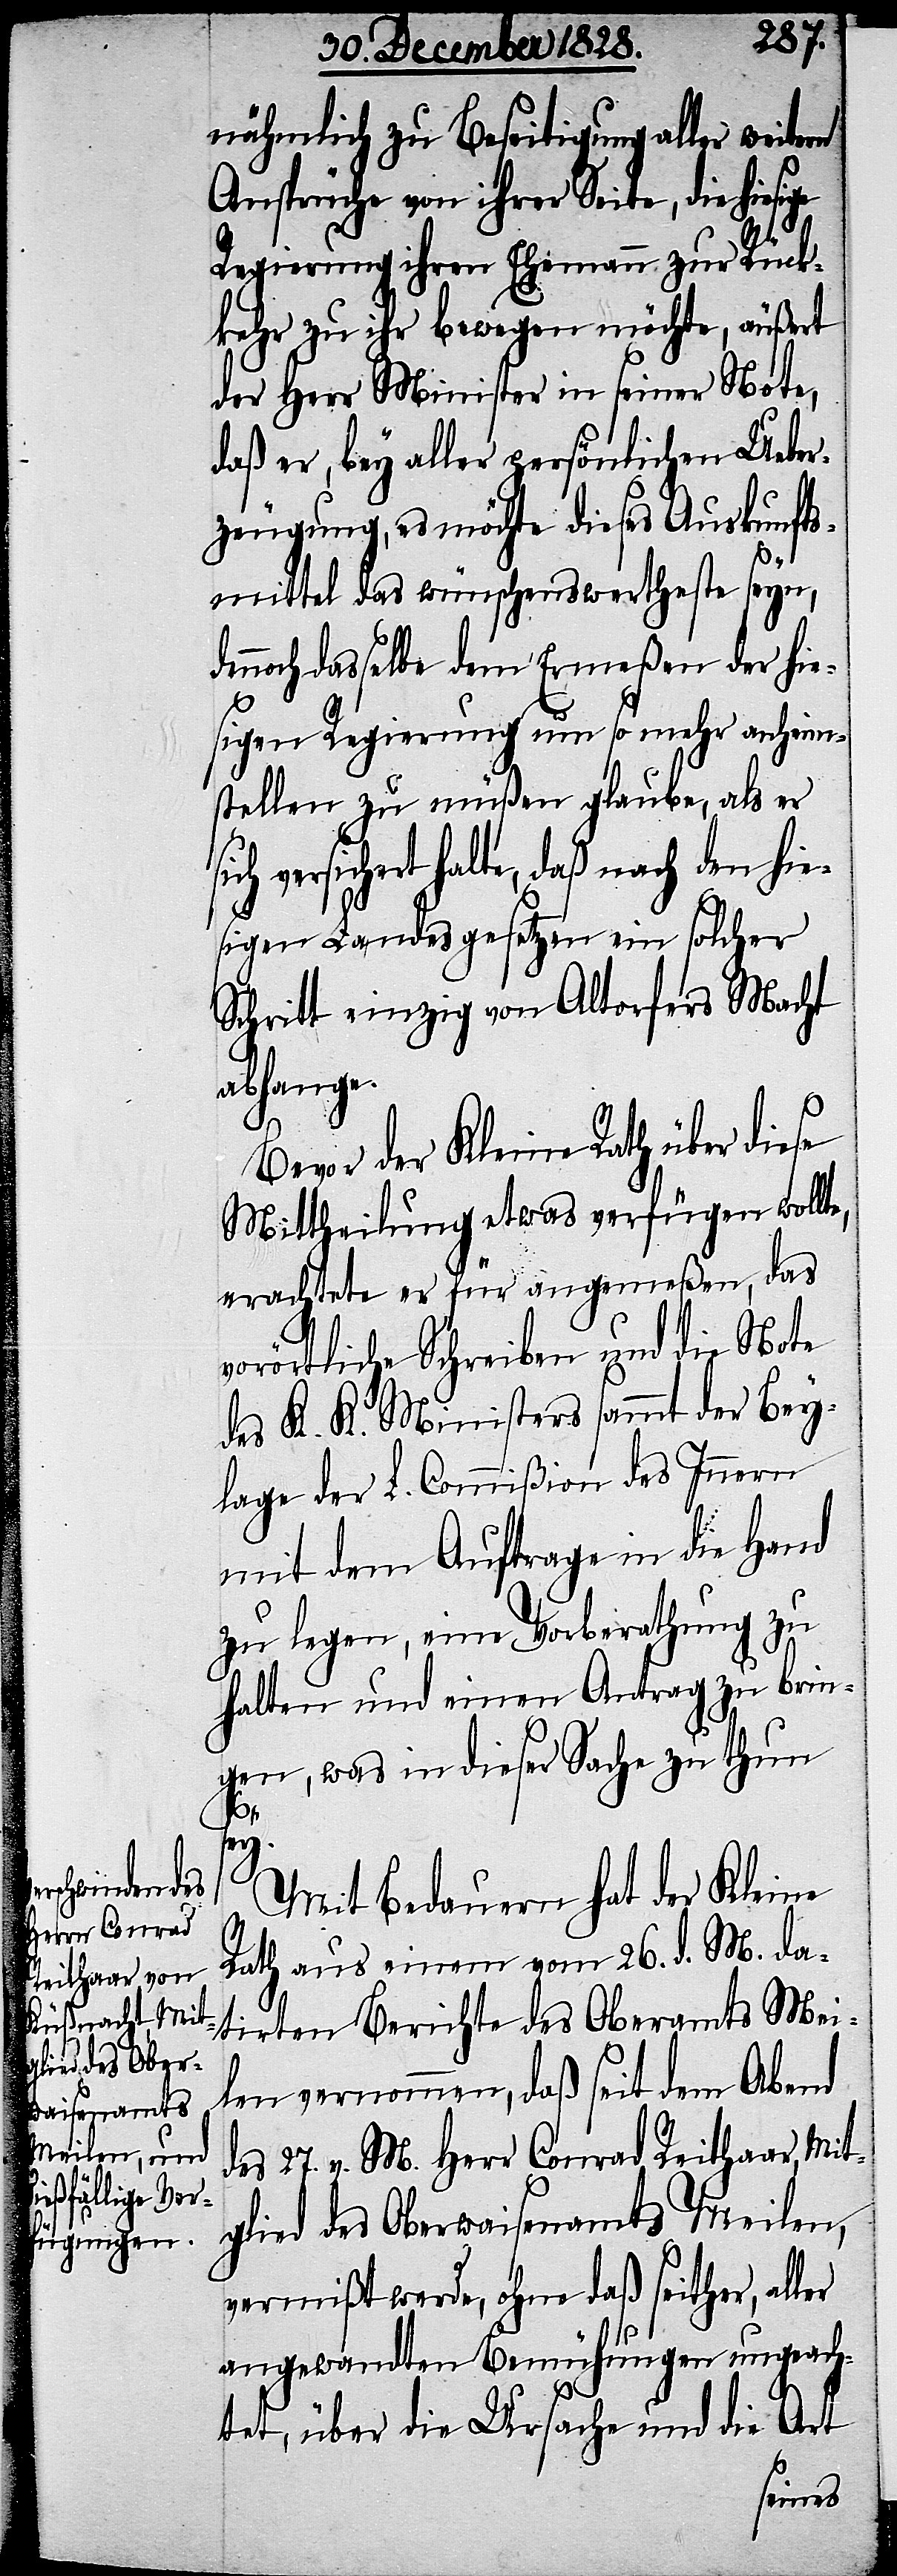
nähmlich zu Beseitigung aller weitern
Ansprüche von ihrer Seite, die hies¬
Regierung ihren Ehemann zur Rück¬
kehr zu ihr bewegen möchte, äußert
der Herr Minister in seiner Note,
daß er, bey aller persönlichen Ueber¬
zeugung, es möchte dieses Auskunfts¬
mittel das wünschenswertheste seyn,
nnoch dasselbe dem Ermeßen der hie¬
sigen Regierung um so mehr anheim¬
stellen zu müßen glaube, als er
sichert halte, daß nach den hie¬
sigen Landesgesetzen ein solcher
Schritt einzig von Altorfers Macht
abhange.
Bevor der Kleine Rath über diese
Mittheilung etwas verfügen wollt¬
erachtete er für angemeßen, das
vorörtliche Schreiben und die Note
des K. K. Ministers sammt der Bey¬
lage der L. Commißion des Innern
mit dem Auftrage in die Hand
zu legen, eine Vorberathung zu
halten und einen Antrag zu brin¬
gen, was in dieser Sache zu thun
sey.
Mit Bedauern hat der Kleine
Rath aus einem vom 26. d. M. da¬
tirten Berichte des Oberamts Mei¬
len vernommen, daß seit dem Abend
des 27. v. M. Herr Conrad Reithaar, Mit¬
glied des Oberwaisenamts Meilen,
vermißt werde, ohne daß seither, aller
angewandten Bemühungen ungeach¬
tet, über die Ursache und die Art